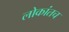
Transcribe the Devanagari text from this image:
लोकांतच